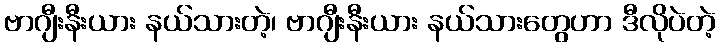
ဗာဂျီးနီးယား နယ်သားတဲ့၊ ဗာဂျီးနီးယား နယ်သားတွေဟာ ဒီလိုပဲတဲ့